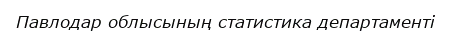
Павлодар облысының статистика департаменті